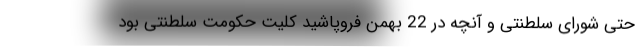
حتی شورای سلطنتی و آنچه در 22 بهمن فروپاشید کلیت حکومت سلطنتی بود